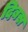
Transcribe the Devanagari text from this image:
दिबस